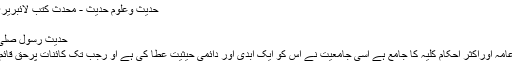
حدیث وعلوم حدیث - محدث کتب لائبریری - [Mohaddis Library]
فتنہ انکار حدیث||
حدیث رسول صلی اللہ علیہ وسلم کا تشریعی مقام
قرآن کریم شریعت کے قواعد عامہ اوراکثر احکام کلیہ کا جامع ہے اسی جامعیت نے اس کو ایک ابدی اور دائمی حیثیت عطا کی ہے او رجب تک کائنات پرحق قائم ہے وہ بھی قائم ودائم رہے گا۔